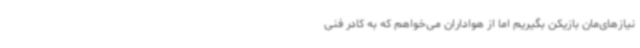
نیازهای‌مان بازیکن بگیریم اما از هواداران می‌خواهم که به کادر فنی